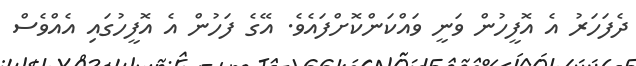
ދެފަހަރު އެ އޮފީހުން ވަނީ ވައްކަންކޮށްފައެވެ. އޭގެ ފަހުން އެ އޮފީހުގައި އެއްވެސް